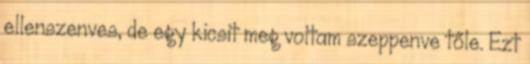
ellenszenves, de egy kicsit meg voltam szeppenve tőle. Ezt